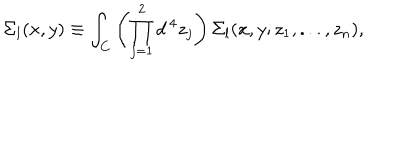
\Sigma _ { l } ( x , y ) \equiv \int _ { C } \left( \prod _ { j = 1 } ^ { 2 } d ^ { \, 4 } z _ { j } \right) \Sigma _ { l } ( x , y ; z _ { 1 } , . . . , z _ { n } ) ,